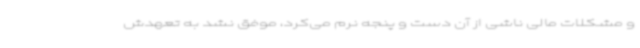
و مشکلات مالی ناشی از آن دست و پنجه نرم می‌کرد، موفق نشد به تعهدش